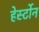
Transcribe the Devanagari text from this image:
हेर्स्टोन